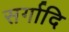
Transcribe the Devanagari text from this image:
सर्गादि